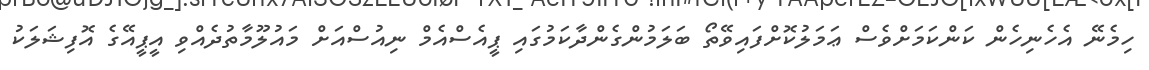
ހިމެނޭ އެހެނިހެން ކަންކަމަށްވެސް ޢަމަލުކޮށްފައިވޭތޯ ބަލަމުންގެންދާކަމުގައި ޕީއެސްއެމް ނިއުސްއަށް މައުލޫމާތުދެއްވި އީޕީއޭގެ އޮފިޝަލަކު